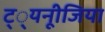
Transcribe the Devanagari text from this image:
ट््यनूीजिया